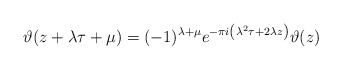
\begin{align*}\vartheta(z+\lambda\tau+\mu)=(-1)^{\lambda+\mu}e^{-\pi i\left(\lambda^2\tau+2\lambda z\right)}\vartheta(z)\end{align*}